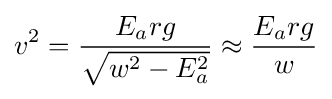
v^{2}={\frac {E_{a}rg}{\sqrt {w^{2}-E_{a}^{2}}}}\approx {\frac {E_{a}rg}{w}}